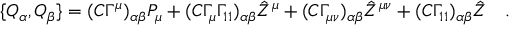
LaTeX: \{ Q _ { \alpha } , Q _ { \beta } \} = ( C \Gamma ^ { \mu } ) _ { \alpha \beta } P _ { \mu } + ( C \Gamma _ { \mu } \Gamma _ { 1 1 } ) _ { \alpha \beta } { \hat { Z } } ^ { \mu } + ( C \Gamma _ { \mu \nu } ) _ { \alpha \beta } { \hat { Z } } ^ { \mu \nu } + ( C \Gamma _ { 1 1 } ) _ { \alpha \beta } { \hat { Z } } \quad .